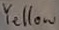
Text: Yellow